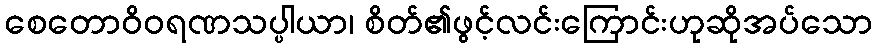
စေတောဝိဝရဏသပ္ပါယာ၊ စိတ်၏ဖွင့်လင်းကြောင်းဟုဆိုအပ်သော